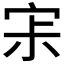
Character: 𡧯